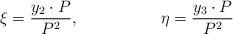
LaTeX: \begin{align*}\xi ={ y_2 \cdot P \over P^2}, \qquad \qquad \quad \eta = { y_3 \cdot P \over P^2} \end{align*}